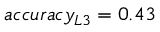
a c c u r a c y _ { L 3 } = 0 . 4 3